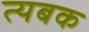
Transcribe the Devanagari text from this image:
त्यबक